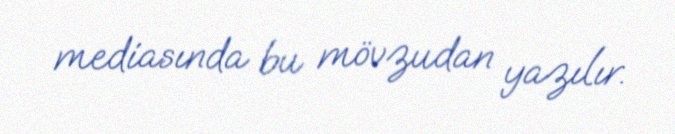
mediasında bu mövzudan yazılır.